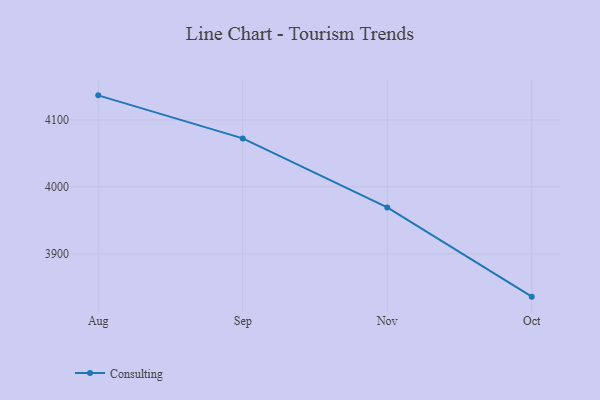
{"axis": {"x": "Month", "y": "Backlog"}, "legend": ["Consulting"], "data": [{"x": "Aug", "y": 4136.7, "type": "Consulting"}, {"x": "Sep", "y": 4072.4, "type": "Consulting"}, {"x": "Nov", "y": 3969.4, "type": "Consulting"}, {"x": "Oct", "y": 3836.1, "type": "Consulting"}]}